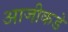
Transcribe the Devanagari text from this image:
आजीकडे